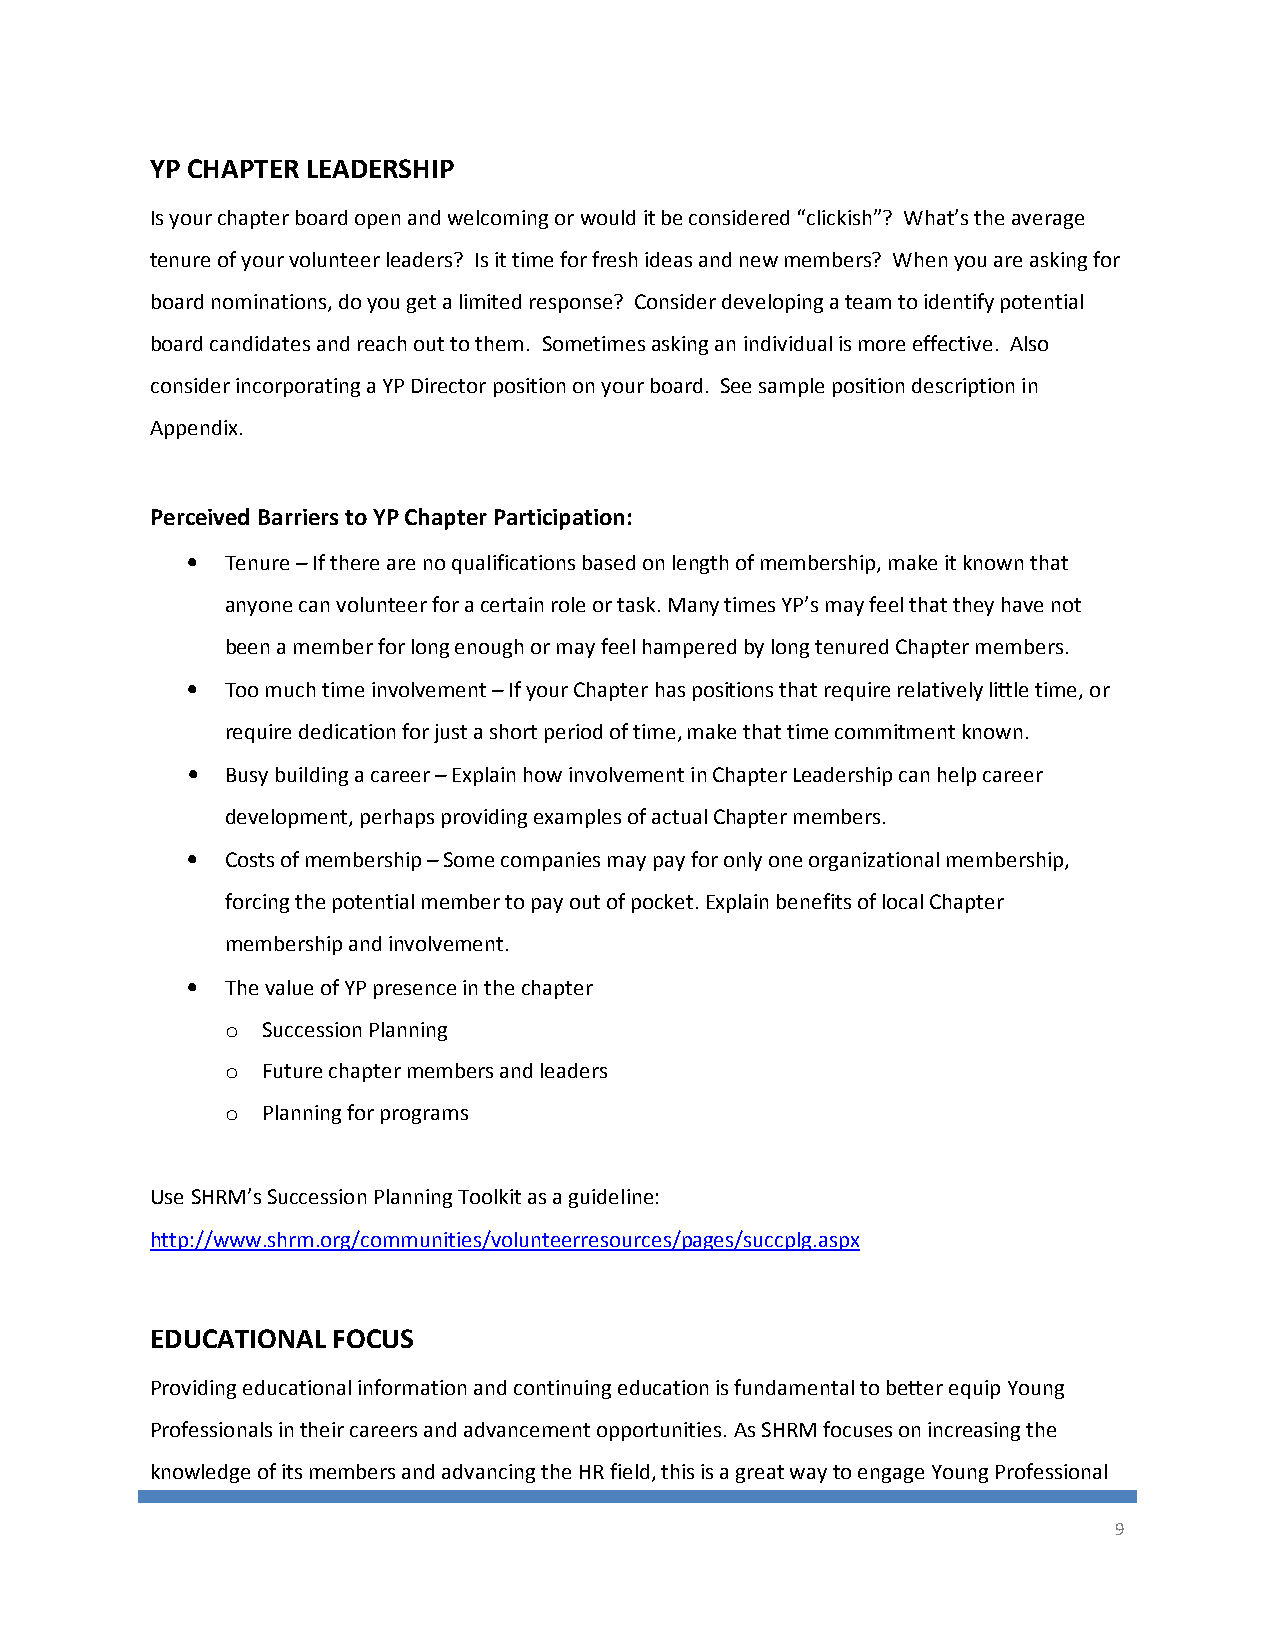
YP CHAPTER LEADERSHIP
 Is your chapter board open and welcoming or would it be considered “clickish”? What’s the average
 tenure of your volunteer leaders? Is it time for fresh ideas and new members? When you are asking for
 board nominations, do you get a limited response? Consider developing a team to identify potential
 board candidates and reach out to them. Sometimes asking an individual is more effective. Also
 consider incorporating a YP Director position on your board. See sample position description in
 Appendix.
 Perceived Barriers to YP Chapter Participation:
 •  Tenure – If there are no qualifications based on length of membership, make it known that
 anyone can volunteer for a certain role or task. Many times YP’s may feel that they have not
 been a member for long enough or may feel hampered by long tenured Chapter members.
 •  Too much time involvement – If your Chapter has positions that require relatively little time, or
 require dedication for just a short period of time, make that time commitment known.
 •  Busy building a career – Explain how involvement in Chapter Leadership can help career
 development, perhaps providing examples of actual Chapter members.
 •  Costs of membership – Some companies may pay for only one organizational membership,
 forcing the potential member to pay out of pocket. Explain benefits of local Chapter
 membership and involvement.
 •  The value of YP presence in the chapter
 o Succession Planning
 o Future chapter members and leaders
 o Planning for programs
 Use SHRM’s Succession Planning Toolkit as a guideline:
 http://www.shrm.org/communities/volunteerresources/pages/succplg.aspx
 EDUCATIONAL FOCUS
 Providing educational information and continuing education is fundamental to better equip Young
 Professionals in their careers and advancement opportunities. As SHRM focuses on increasing the
 knowledge of its members and advancing the HR field, this is a great way to engage Young Professional
 9